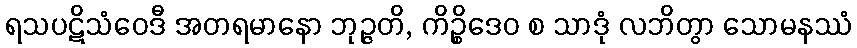
ရသပဋိသံဝေဒီ အတရမာနော ဘုဉ္ဇတိ, ကိဉ္စိဒေဝ စ သာဒုံ လဘိတွာ သောမနဿံ